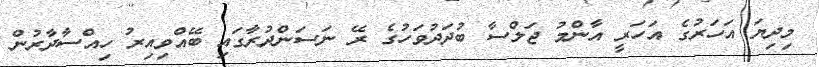
މިދިޔަ އަހަރުގެ އަހަރީ އާންމު ޖަލްސާ ބުދަދުވަހުގެ ރޭ ނަސަންދުރާގައި ބޭއްވިއިރު ހިއްސާދާރުން